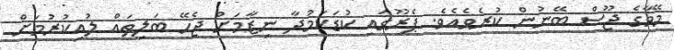
މޭވާގެ ޖޫސް ބޭނުން ކުރެވެއެވެ. ޕެރޫގައި ކުޑަކަމުދާ ނިޒާމަށް ޖެހޭ ބަލިތައް ލުއިކުރުމަށް